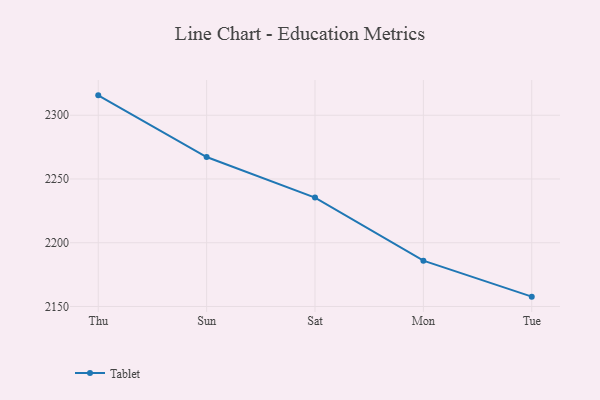
{"axis": {"x": "Day", "y": "Waste Production (Tons)"}, "legend": ["Tablet"], "data": [{"x": "Thu", "y": 2315.6, "type": "Tablet"}, {"x": "Sun", "y": 2267.2, "type": "Tablet"}, {"x": "Sat", "y": 2235.4, "type": "Tablet"}, {"x": "Mon", "y": 2185.9, "type": "Tablet"}, {"x": "Tue", "y": 2157.7, "type": "Tablet"}]}